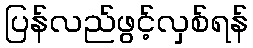
ပြန်လည်ဖွင့်လှစ်ရန်